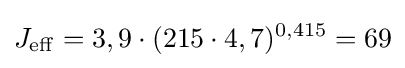
J_{\mathrm {eff} }=3,9\cdot (215\cdot 4,7)^{0,415}=69